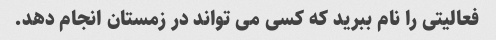
فعالیتی را نام ببرید که کسی می تواند در زمستان انجام دهد.